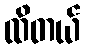
ထိတယ်